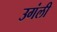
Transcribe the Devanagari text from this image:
उगंली